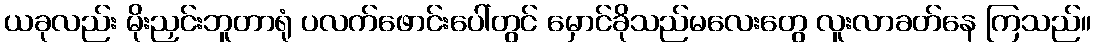
ယခုလည်း မိုးညှင်းဘူတာရုံ ပလက်ဖောင်းပေါ်တွင် မှောင်ခိုသည်မလေးတွေ လူးလာခတ်နေ ကြသည်။